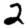
Digit: 2